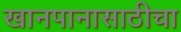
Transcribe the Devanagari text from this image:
खानपानासाठीचा